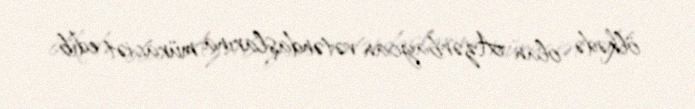
ölkədə olan Azərbaycan vətəndaşlarına müraciət edib.